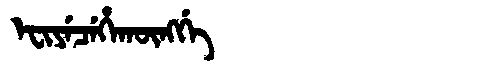
Manchu: ᡝᠸᡳᠶᡝᠴᡝᡥᠠᡴᡡᠩᡤᡝ
Romanization: EFIYECEHAKŪNGGE